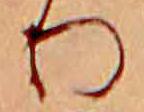
り